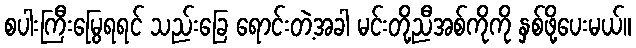
စပါးကြီးမြွေရရင် သည်းခြေ ရောင်းတဲ့အခါ မင်းတို့ညီအစ်ကိုကို နှစ်ဖို့ပေးမယ်။